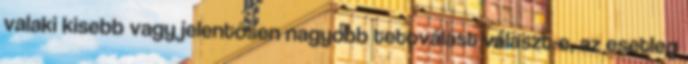
valaki kisebb vagy jelentősen nagyobb tetoválást választ-e, az esetleg